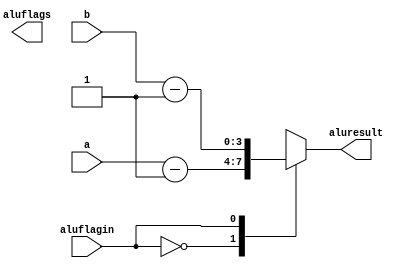
module Res1 #(parameter ancho=4)(
    input [ancho-1:0]a, b, 
    input aluflagin,
    output reg [ancho-1:0]aluresult, 
    output reg aluflags
    );
    
    always @(*) begin
        case(aluflagin)
            1'b0: aluresult=a-1;
            1'b1: aluresult=b-1;
        endcase
    end
endmodule